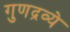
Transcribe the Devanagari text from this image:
गुणद्रव्ये